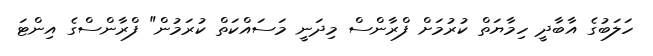
ހަލަބުގެ އާބާދީ ހިމާޔަތް ކުރުމަށް ފްރާންސް މިދަނީ މަސައްކަތް ކުރަމުން" ފްރާންސްގެ އިންޓަ